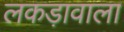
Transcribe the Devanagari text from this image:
लकड़ावाला